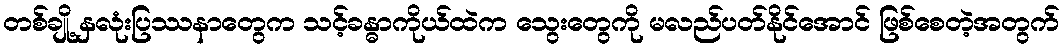
တစ်ချို့ နှလုံးပြဿနာတွေက သင့်ခန္ဓာကိုယ်ထဲက သွေးတွေကို မလည်ပတ်နိုင်အောင် ဖြစ်စေတဲ့အတွက်